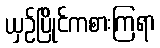
ယှဉ်ပြိုင်ကစားကြရာ